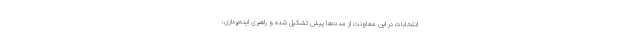
انتخابات در این معاونت از مدت‌ها پیش تشکیل شده و راهبری ایده‌پردازی،